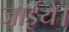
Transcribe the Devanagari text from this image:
जाईये।